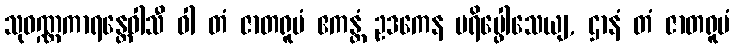
သုဝဏ္ဏကာရန္တေဝါသီ ဝါ တံ ဇာတရူပံ ဧကန္တံ ဥဒကေန ပရိပ္ဖေါသေယျ, ဌာနံ တံ ဇာတရူပံ